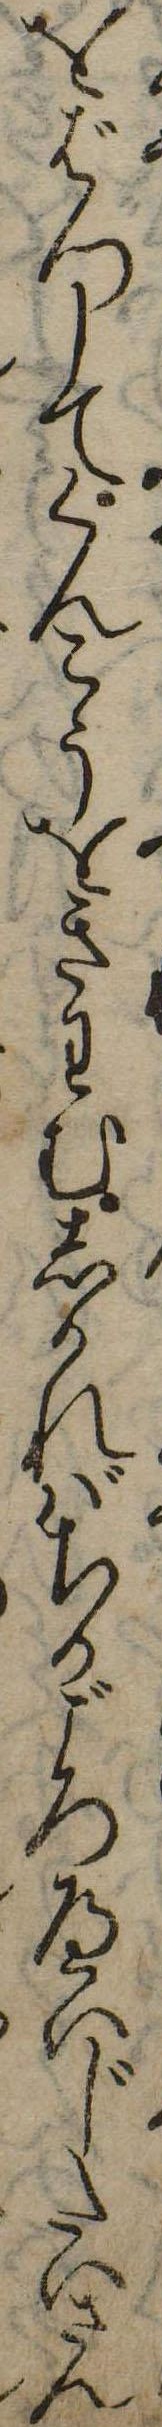
をばつしてくんこうをきわむしかればちかごろへいじたいさん